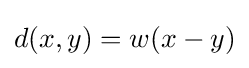
d(x,y)=w(x-y)